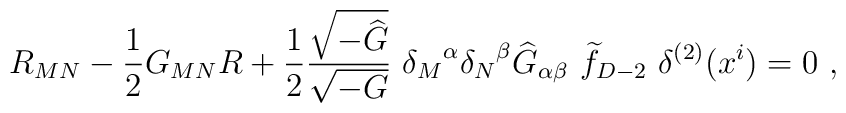
R_{MN}-{1\over 2}G_{MN} R+{1\over 2}{\sqrt{-{\widehat G}}\over \sqrt{-G}}~{\delta_M}^\alpha {\delta_N}^\beta {\widehat G}_{\alpha\beta}~ {\widetilde f}_{D-2}~\delta^{(2)}(x^i)=0~,